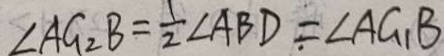
\angle A G _ { 2 } B = \frac { 1 } { 2 } \angle A B D = \angle A G B